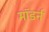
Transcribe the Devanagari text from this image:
माॅडर्न